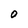
Character: 0